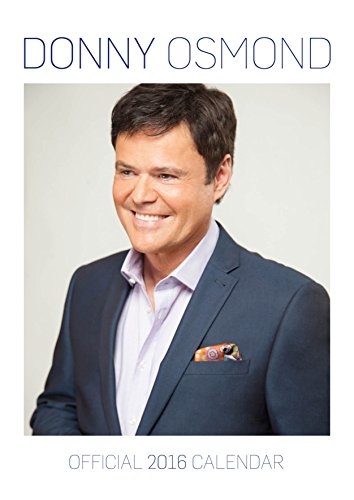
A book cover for The Official Donny Osmond 2016 A3 Calendar; Calendars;